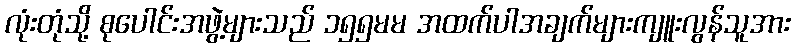
လုံးတုံသို့ စုပေါင်းအဖွဲ့များသည် ၁၅၅မမ အထက်ပါအချက်များကျူးလွန်သူအား